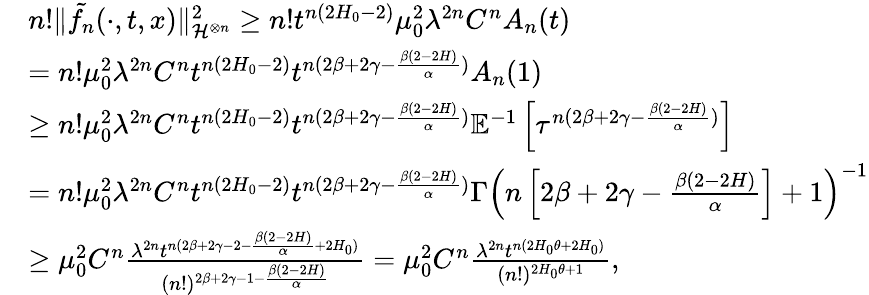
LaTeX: \begin{array}{rl}&{n!\Vert\tilde{f_{n}}(\cdot,t,x)\Vert_{\mathcal{H}^{\otimes n}}^{2}\ge n!t^{n(2H_{0}-2)}\mu_{0}^{2}\lambda^{2n}C^{n}A_{n}(t)}\\ &{=n!\mu_{0}^{2}\lambda^{2n}C^{n}t^{n(2H_{0}-2)}t^{n(2\beta+2\gamma-\frac{\beta(2-2H)}{\alpha})}A_{n}(1)}\\ &{\ge n!\mu_{0}^{2}\lambda^{2n}C^{n}t^{n(2H_{0}-2)}t^{n(2\beta+2\gamma-\frac{\beta(2-2H)}{\alpha})}\mathbb E^{-1}\left[\tau^{n(2\beta+2\gamma-\frac{\beta(2-2H)}{\alpha})}\right]}\\ &{=n!\mu_{0}^{2}\lambda^{2n}C^{n}t^{n(2H_{0}-2)}t^{n(2\beta+2\gamma-\frac{\beta(2-2H)}{\alpha})}\Gamma\left(n\left[2\beta+2\gamma-\frac{\beta(2-2H)}{\alpha}\right]+1\right)^{-1}}\\ &{\ge\mu_{0}^{2}C^{n}\frac{\lambda^{2n}t^{n(2\beta+2\gamma-2-\frac{\beta(2-2H)}{\alpha}+2H_{0})}}{(n!)^{2\beta+2\gamma-1-\frac{\beta(2-2H)}{\alpha}}}=\mu_{0}^{2}C^{n}\frac{\lambda^{2n}t^{n(2H_{0}\theta+2H_{0})}}{(n!)^{2H_{0}\theta+1}},}\end{array}